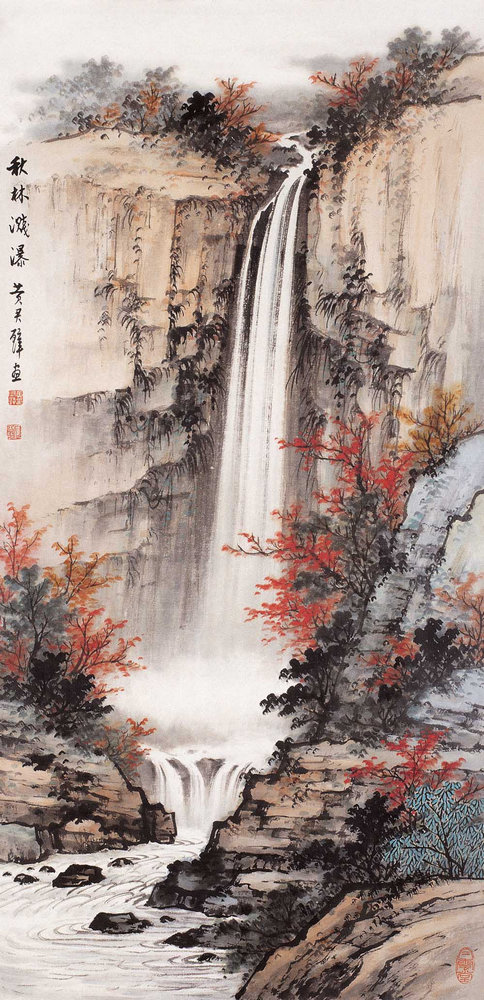
百岁落半途，前期浩漫漫。